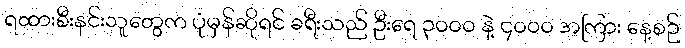
ရထားစီးနင်းသူတွေက ပုံမှန်ဆိုရင် ခရီးသည် ဦးရေ ၃၀၀၀ နဲ့ ၄၀၀၀ အကြား နေ့စဉ်